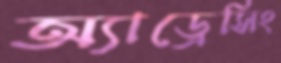
অ্যাড্রেসিং